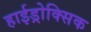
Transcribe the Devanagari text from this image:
हाईड्रोक्सिक